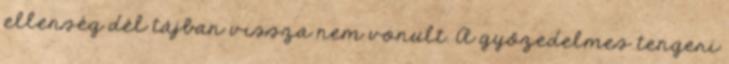
ellenség dél tájban vissza nem vonult. A győzedelmes tengeri